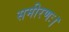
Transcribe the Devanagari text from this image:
समीरणः।